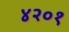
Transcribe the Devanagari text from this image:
४२०१